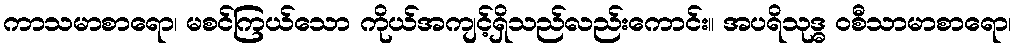
ကာသမာစာရော၊ မစင်ကြယ်သော ကိုယ်အကျင့်ရှိသည်လည်းကောင်း။ အပရိသုဒ္ဓ ဝစီသာမာစာရော၊